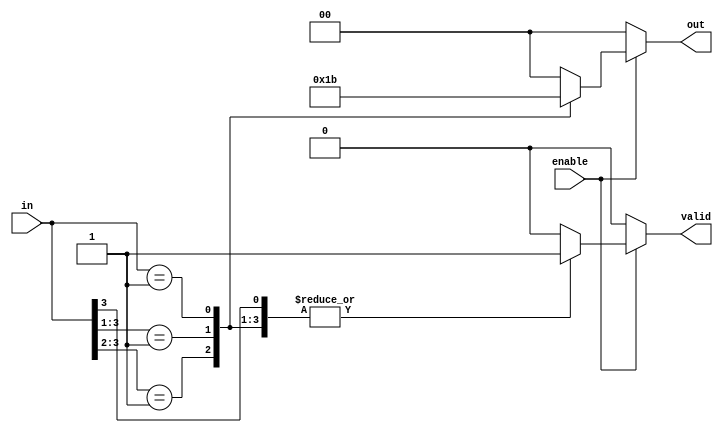
module multilevel_encoder (
    input wire [3:0] in,   // 4 input lines
    input wire enable,      // Enable signal
    output reg [1:0] out,   // 2 output lines
    output reg valid        // Output valid signal
);
    
    always @(*) begin
        if (!enable) begin
            // When not enabled, set outputs to 0
            out = 2'b00;
            valid = 1'b0; // Indicate invalid output
        end else begin
            // Default output values
            out = 2'b00; 
            valid = 1'b0; // Reset valid signal
            
            // Priority encoding logic
            casez (in)
                4'b1??? : begin out = 2'b00; valid = 1'b1; end // Input 0 active
                4'b01?? : begin out = 2'b01; valid = 1'b1; end // Input 1 active
                4'b001? : begin out = 2'b10; valid = 1'b1; end // Input 2 active
                4'b0001 : begin out = 2'b11; valid = 1'b1; end // Input 3 active
                default : begin out = 2'b00; valid = 1'b0; end // No valid input
            endcase
        end
    end
endmodule